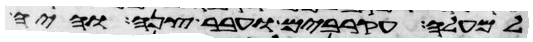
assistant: למעלה עקרבים ועבר צנה והיה